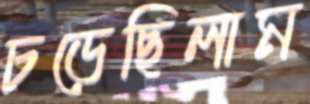
চড়েছিলাম